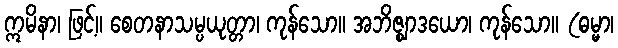
ဣမိနာ၊ ဖြင့်။ စေတနာသမ္ပယုတ္တာ၊ ကုန်သော။ အဘိဇ္ဈာဒယော၊ ကုန်သော။ (ဓမ္မာ၊